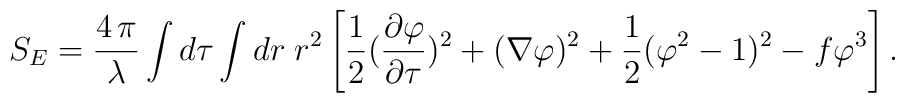
S_E = {4\,\pi \over \lambda} \int d\tau \int dr \; r^2 \left[ {1 \over 2}{ ({\partial\varphi \over \partial\tau})^2 + ( \nabla\varphi)^2}  + {1 \over 2}( \varphi^2 - 1)^2 -f \varphi^3  \right] .